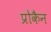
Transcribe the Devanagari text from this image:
प्रोकैन